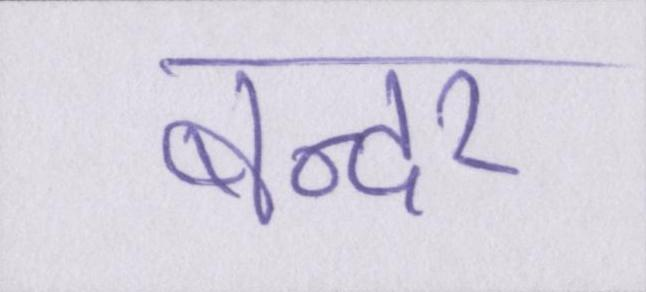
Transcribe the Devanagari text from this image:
बन्दर